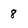
Character: 8